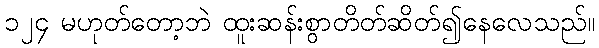
၁၂၄ မဟုတ်တော့ဘဲ ထူးဆန်းစွာတိတ်ဆိတ်၍နေလေသည်။